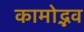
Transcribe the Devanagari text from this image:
कामोद्भव